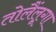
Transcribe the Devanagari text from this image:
तोलैंलूगा